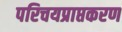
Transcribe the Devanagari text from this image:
परिचयप्राप्तकरण